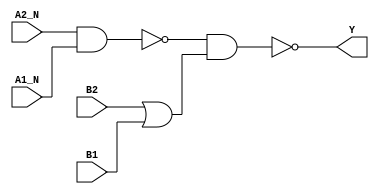
module sky130_fd_sc_ls__o2bb2ai (
    Y   ,
    A1_N,
    A2_N,
    B1  ,
    B2
);

    // Module ports
    output Y   ;
    input  A1_N;
    input  A2_N;
    input  B1  ;
    input  B2  ;

    // Module supplies
    supply1 VPWR;
    supply0 VGND;
    supply1 VPB ;
    supply0 VNB ;

    // Local signals
    wire nand0_out  ;
    wire or0_out    ;
    wire nand1_out_Y;

    //   Name   Output       Other arguments
    nand nand0 (nand0_out  , A2_N, A1_N        );
    or   or0   (or0_out    , B2, B1            );
    nand nand1 (nand1_out_Y, nand0_out, or0_out);
    buf  buf0  (Y          , nand1_out_Y       );

endmodule